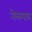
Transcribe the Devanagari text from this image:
मेलमाथ